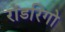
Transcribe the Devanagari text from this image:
रॉडरिगो